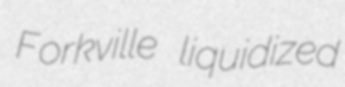
Forkville liquidized